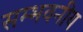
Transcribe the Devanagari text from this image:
सम्भवनीय